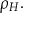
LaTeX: \rho _ { H } .